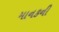
માનકની